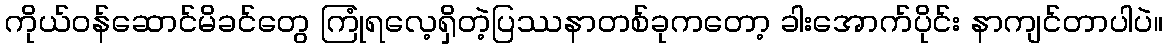
ကိုယ်ဝန်ဆောင်မိခင်တွေ ကြုံရလေ့ရှိတဲ့ပြဿနာတစ်ခုကတော့ ခါးအောက်ပိုင်း နာကျင်တာပါပဲ။